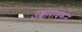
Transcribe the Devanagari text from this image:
उच्चारावरून